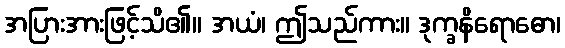
အပြားအားဖြင့်သိ၏။ အယံ၊ ဤသည်ကား။ ဒုက္ခနိရောဓော၊